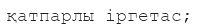
қатпарлы іргетас;